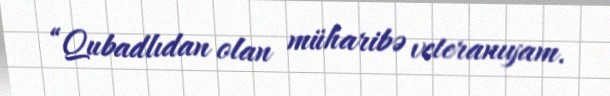
“Qubadlıdan olan müharibə veteranıyam.